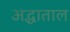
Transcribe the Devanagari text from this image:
अद्धाताल